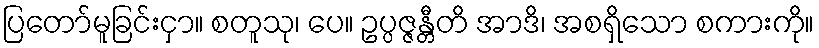
ပြတော်မူခြင်းငှာ။ စတူသု၊ ပေ။ ဥပ္ပဇ္ဇန္တီတိ အာဒိ၊ အစရှိသော စကားကို။